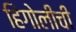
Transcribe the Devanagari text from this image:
हिंगोलीची